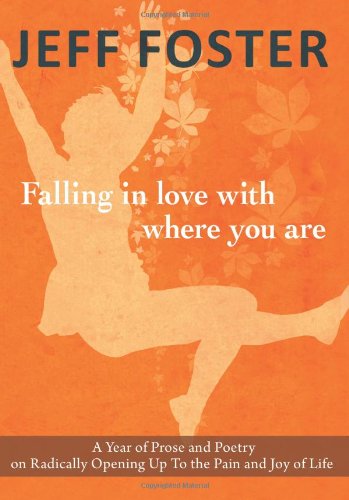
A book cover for Falling in Love with Where You Are; Jeff Foster; Politics & Social Sciences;